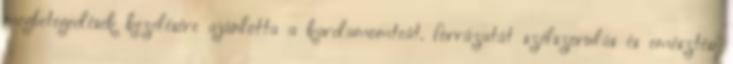
megbetegedések kezelésére ajánlotta a kardamomteát. forrázatát szélszorulás és emésztési